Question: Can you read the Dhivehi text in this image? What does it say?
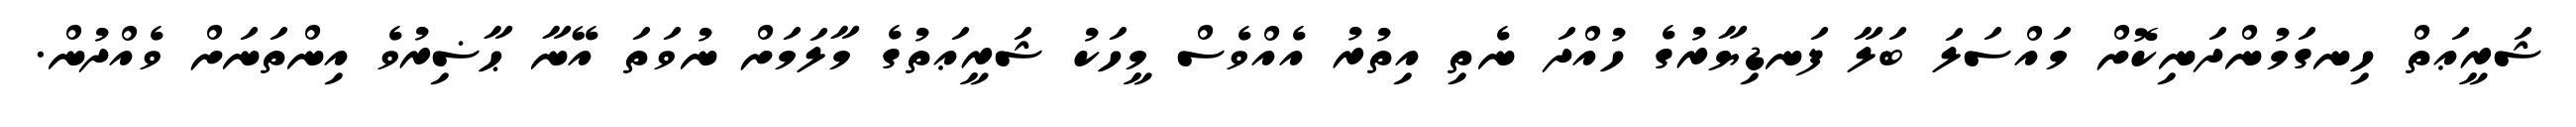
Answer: ޝަރީޢަތް ހިނގަމުންދަނިކޮށް މައްސަލަ ބަލާ ފަނޑިޔާރުގެ ހުއްދަ ނެތި އިތުރު އެއްވެސް މީހަކު ޝަރީޢަތުގެ މާލަމަށް ނުވަތަ އޭނާ ޙާޟިރުވެ އިންތަނަށް ވެއްދުން.